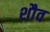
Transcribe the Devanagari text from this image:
शौव